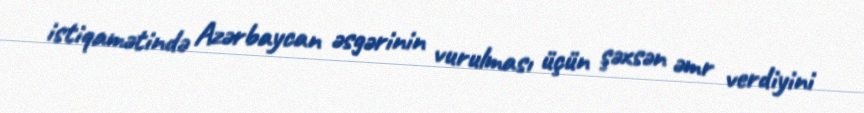
istiqamətində Azərbaycan əsgərinin vurulması üçün şəxsən əmr verdiyini